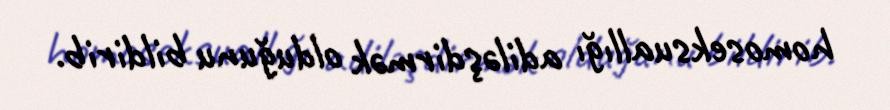
homoseksuallığı adiləşdirmək olduğunu bildirib.